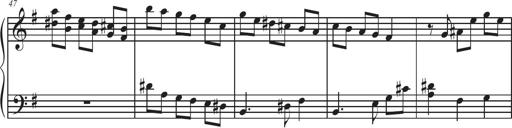
Title: Sonatina Espania
Composer: Jerald Franklin Archer
Key: Various